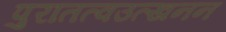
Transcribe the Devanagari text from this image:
पुरातत्वउत्खनन